Indian journal of veterinary science and animal husbandry - Volume 3,
Year: 1933
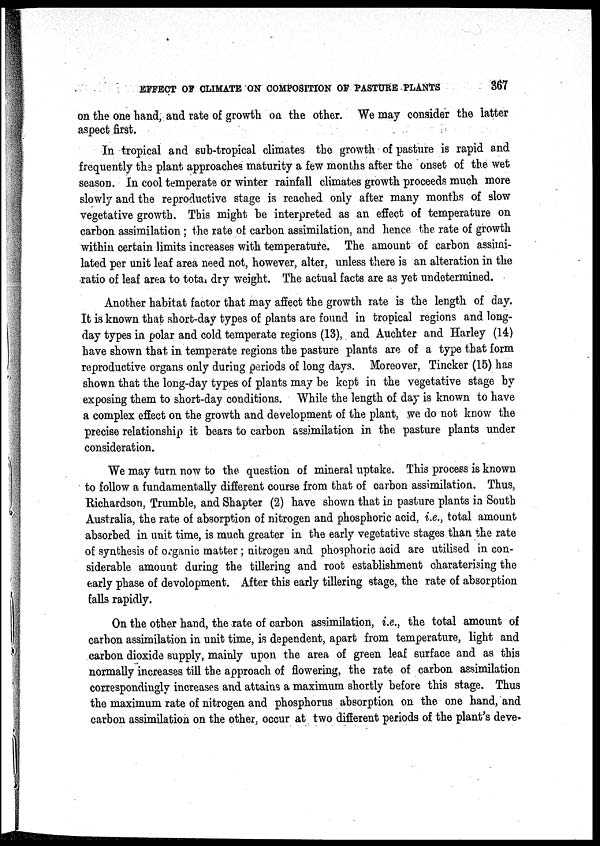
EFFECT OF CLIMATE ON COMPOSITION OF PASTURE PLANTS
367
on the one hand, and rate of growth on the other. We may consider the latter
aspect first.
In tropical and sub-tropical climates the growth of pasture is rapid and
frequently the plant approaches maturity a few months after the onset of the wet
season. In cool temperate or winter rainfall climates growth proceeds much more
slowly and the reproductive stage is reached only after many months of slow
vegetative growth. This might be interpreted as an effect of temperature on
carbon assimilation ; the rate of carbon assimilation, and hence the rate of growth
within certain limits increases with temperature. The amount of carbon assimi-
lated per unit leaf area need not, however, alter, unless there is an alteration in the
ratio of leaf area to total dry weight. The actual facts are as yet undetermined.
Another habitat factor that may affect the growth rate is the length of day.
It is known that short-day types of plants are found in tropical regions and long-
day types in polar and cold temperate regions (13), and Auchter and Harley (14)
have shown that in temperate regions the pasture plants are of a type that form
reproductive organs only during periods of long days. Moreover, Tincker (15) has
shown that the long-day types of plants may be kept in the vegetative stage by
exposing them to short-day conditions. While the length of day is known to have
a complex effect on the growth and development of the plant, we do not know the
precise relationship it bears to carbon assimilation in the pasture plants under
consideration.
We may turn now to the question of mineral uptake. This process is known
to follow a fundamentally different course from that of carbon assimilation. Thus,
Richardson, Trumble, and Shapter (2) have shown that in pasture plants in South
Australia, the rate of absorption of nitrogen and phosphoric acid, i.e., total amount
absorbed in unit time, is much greater in the early vegetative stages than the rate
of synthesis of organic matter; nitrogen and phosphoric acid are utilised in con-
siderable amount during the tillering and root establishment charaterising the
early phase of development. After this early tillering stage, the rate of absorption
falls rapidly.
On the other hand, the rate of carbon assimilation, i.e., the total amount of
carbon assimilation in unit time, is dependent, apart from temperature, light and
carbon dioxide supply, mainly upon the area of green leaf surface and as this
normally increases till the approach of flowering, the rate of carbon assimilation
correspondingly increases and attains a maximum shortly before this stage. Thus
the maximum rate of nitrogen and phosphorus absorption on the one hand, and
carbon assimilation on the other, occur at two different periods of the plant's deve¬